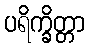
ပရိက္ခိတ္တာ